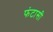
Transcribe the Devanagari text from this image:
फंटासी